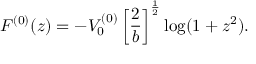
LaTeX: F ^ { ( 0 ) } ( z ) = - V _ { 0 } ^ { ( 0 ) } \left[ \frac { 2 } { b } \right] ^ { \frac { 1 } { 2 } } \log ( 1 + z ^ { 2 } ) .